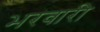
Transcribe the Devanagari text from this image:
भरवारी